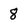
Character: 8